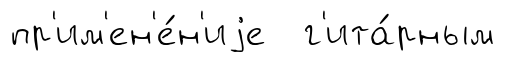
пр'им'ен'е́н'иjе г'ита́рным